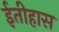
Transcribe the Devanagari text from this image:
ईतीहास